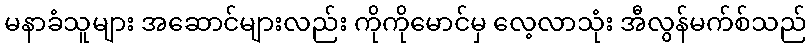
မနာခံသူများ အဆောင်များလည်း ကိုကိုမောင်မှ လေ့လာသုံး အီလွန်မက်စ်သည်